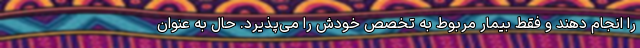
را انجام دهند و فقط بیمار مربوط به تخصص خودش را می‌پذیرد. حال به عنوان